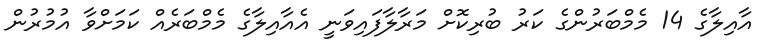
އާއިލާގެ 14 މެމްބަރުންގެ ކަރު ބުރިކޮށް މަރާލާފައިވަނީ އެއާއިލާގެ މެމްބަރެއް ކަމަށްވާ އުމުރުން